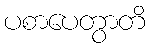
ပစာပေတွာတိ